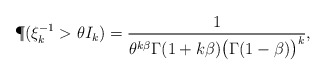
\begin{align*}\P(\xi_k^{-1}>\theta I_k)=\frac{1}{\theta^{k\beta}\Gamma(1+k\beta)\big(\Gamma(1-\beta)\big)^{k}},\end{align*}